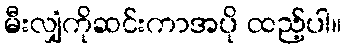
မီးလျှံကိုဆင်းကာအပို ထည့်ပါ။